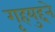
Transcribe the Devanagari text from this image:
गृहयुद्दने